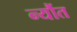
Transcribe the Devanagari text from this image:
न्यौंत